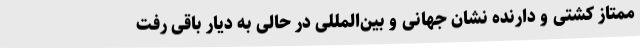
ممتاز کشتی و دارنده نشان جهانی و بین‌المللی در حالی به دیار باقی رفت